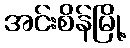
အင်းစိန်မြို့